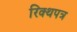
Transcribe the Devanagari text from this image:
रिक्थपत्र